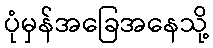
ပုံမှန်အခြေအနေသို့